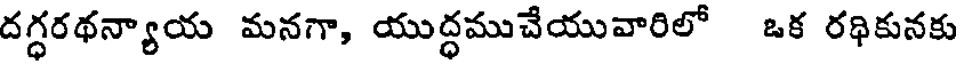
దగ్ధరథన్యాయ మనగా, యుద్ధముచేయువారిలో ఒక రథికునకు